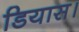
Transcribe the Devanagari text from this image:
डियास।